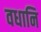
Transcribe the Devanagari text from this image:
वधानि